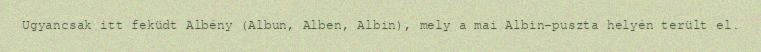
Ugyancsak itt feküdt Albény (Albun, Alben, Albin), mely a mai Albin-puszta helyén terült el.